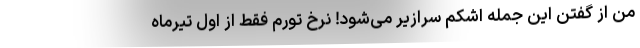
من از گفتن این جمله اشکم سرازیر می‌شود! نرخ تورم فقط از اول تیرماه